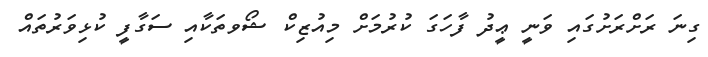
ގިނަ ރަށްރަށުގައި ވަނީ ޢީދު ފާހަގަ ކުރުމަށް މިއުޒިކް ޝޯވތަކާއި ސަގާފީ ކުޅިވަރުތައް